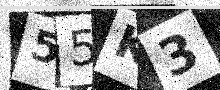
Text: 55K3